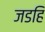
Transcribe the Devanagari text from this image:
जडहि